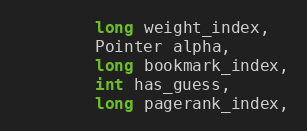
Language: Java
        long weight_index,
        Pointer alpha,
        long bookmark_index,
        int has_guess,
        long pagerank_index,